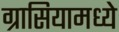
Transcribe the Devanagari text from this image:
ग्रासियामध्ये